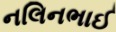
નલિનભાઈ